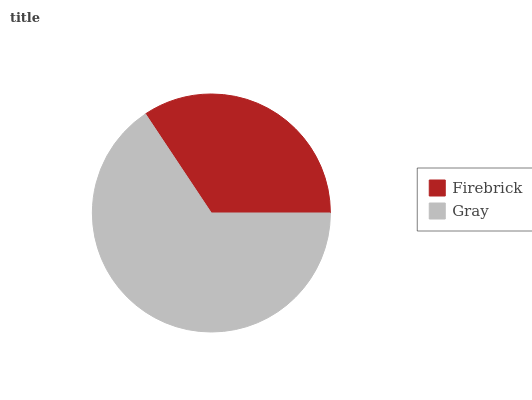
| Firebrick | Gray |
 | --- | --- |
 | 34.3% | 65.7% |